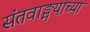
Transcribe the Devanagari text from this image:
संतवाङ्मयाच्या